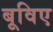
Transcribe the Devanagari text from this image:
बूविए